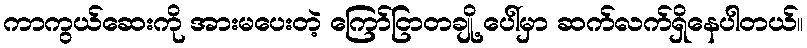
ကာကွယ်ဆေးကို အားမပေးတဲ့ ကြော်ငြာတချို့ ပေါ်မှာ ဆက်လက်ရှိနေပါတယ်။